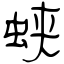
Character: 蛱